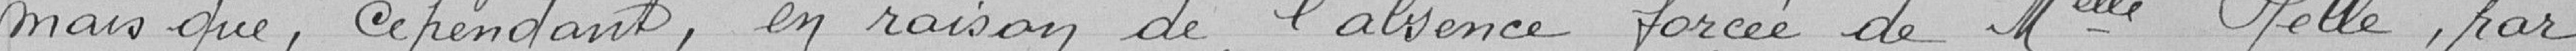
mais que, cependant, en raison de l'absence forcée de Melle HELLE, par